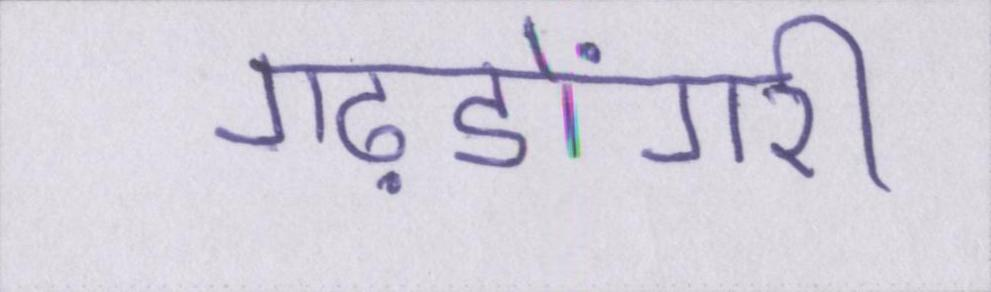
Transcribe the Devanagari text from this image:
गढ़डोंगरी